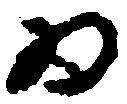
為